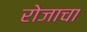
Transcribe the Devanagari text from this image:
रोजाचा